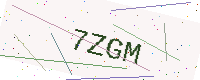
Text: 7ZGM